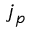
j _ { p }